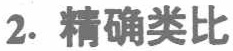
2. 精确类比